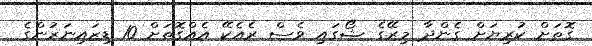
ގޮތަށް ކުރިޔަށް ގެންދާ މިރޭގެ ޝޯގައި ވެސް ރެއެކޭ އެއްގޮތަށް 10 ޑިޒައިނަރުންގެ